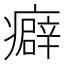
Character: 癖